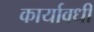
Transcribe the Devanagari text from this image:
कार्यावधी